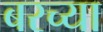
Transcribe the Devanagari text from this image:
बरच्या